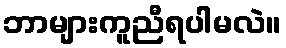
ဘာများကူညီရပါမလဲ။